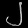
Digit: ၂